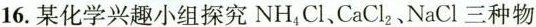
16.某化学兴趣小组探究NH_{4}Cl、CaCl_{2}、NaCl三种物